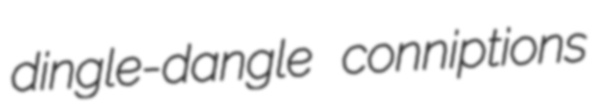
dingle-dangle conniptions